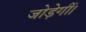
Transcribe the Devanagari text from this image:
जोड़ेगीं।